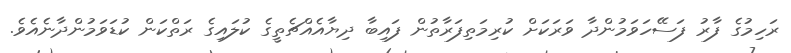
ރަހިމުގެ ފާރު ފަސޭހަވަމުންދާ ވަރަކަށް ކުރިމަތިފަރާތުން ފައިބާ ދިޔާއެއްޗެތީގެ ކުލައިގެ ރަތްކަން ކުޑަވަމުންދާނެއެވެ.